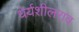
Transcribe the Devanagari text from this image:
धेर्यशीलराव